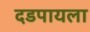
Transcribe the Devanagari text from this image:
दडपायला